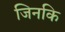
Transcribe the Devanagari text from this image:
जिनकि